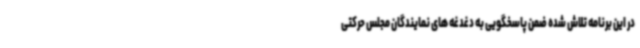
در این برنامه تلاش شده ضمن پاسخگویی به دغدغه های نمایندگان مجلس حرکتی